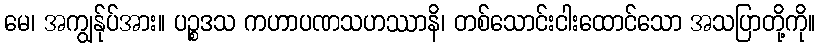
မေ၊ အကျွန်ုပ်အား။ ပဉ္စဒသ ကဟာပဏသဟဿာနိ၊ တစ်သောင်းငါးထောင်သော အသပြာတို့ကို။